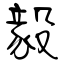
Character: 毅